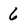
Character: 6